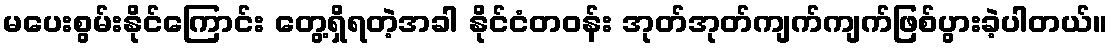
မပေးစွမ်းနိုင်ကြောင်း တွေ့ရှိရတဲ့အခါ နိုင်ငံတဝန်း အုတ်အုတ်ကျက်ကျက်ဖြစ်ပွားခဲ့ပါတယ်။